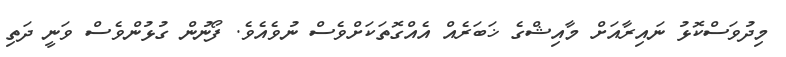
މިދުވަސްކޮޅު ނައިރާއަށް މާއިޝްގެ ޚަބަރެއް އެއްގޮތަކަށްވެސް ނުވެއެވެ. ފޯނުން ގުޅުންވެސް ވަނީ ދަތި